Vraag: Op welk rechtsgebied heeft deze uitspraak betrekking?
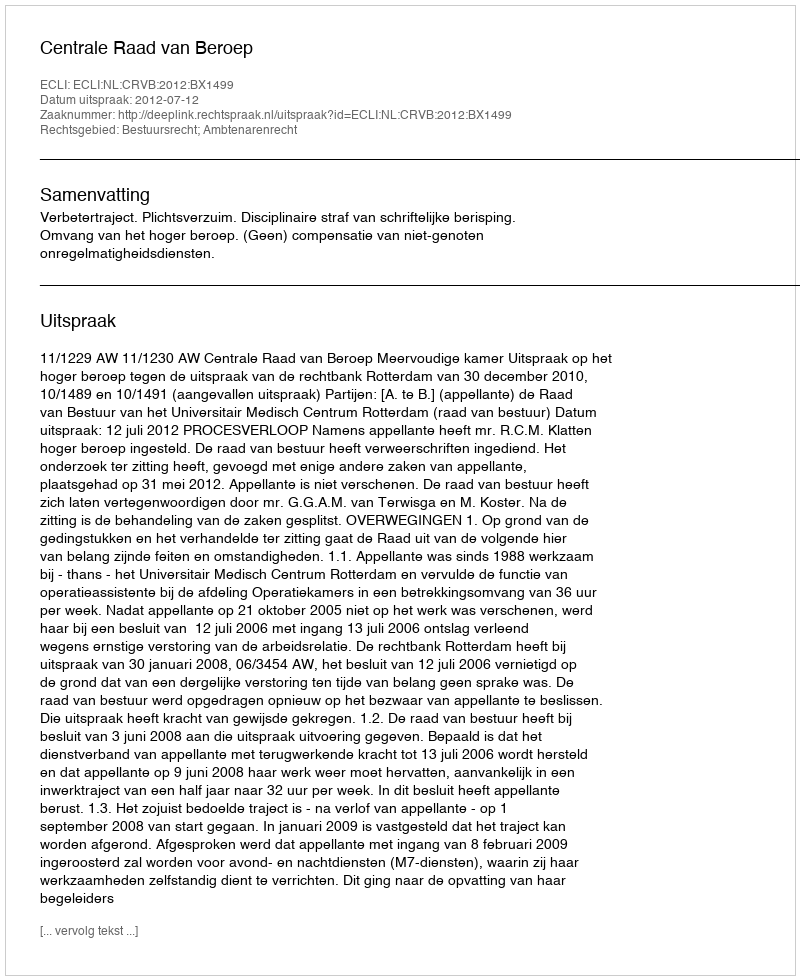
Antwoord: Bestuursrecht; Ambtenarenrecht